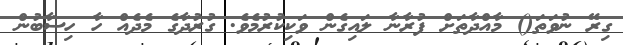
ގިރޭ ނުވަތަ() މާއްދާތަށް ފުރާނާ ލައިގެން ވަކިކުރުމެވެ. ގުރުދާގެ މެދެއް ހާ ހިސާބުން